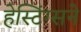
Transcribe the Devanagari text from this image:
हेस्टिंग्सने